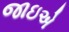
જાઇએ